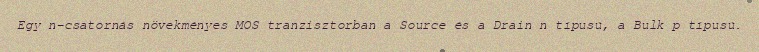
Egy n-csatornás növekményes MOS tranzisztorban a Source és a Drain n típusú, a Bulk p típusú.